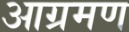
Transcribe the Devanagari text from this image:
आग्रमण